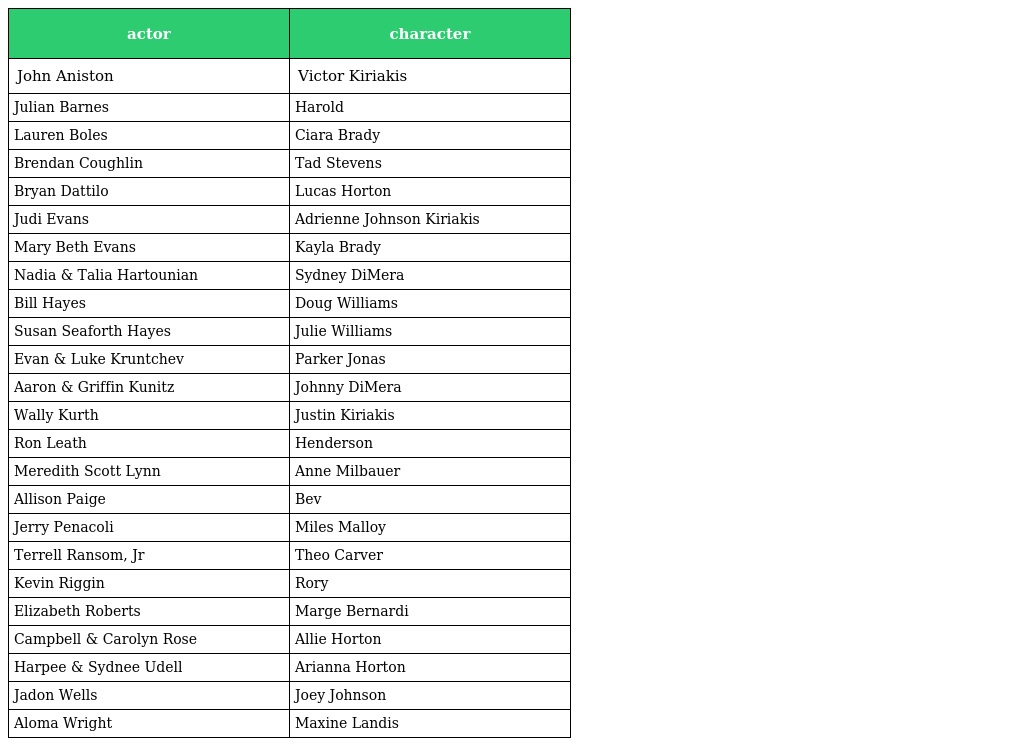
| actor | character |
 | --- | --- |
 | John Aniston | Victor Kiriakis |
 | Julian Barnes | Harold |
 | Lauren Boles | Ciara Brady |
 | Brendan Coughlin | Tad Stevens |
 | Bryan Dattilo | Lucas Horton |
 | Judi Evans | Adrienne Johnson Kiriakis |
 | Mary Beth Evans | Kayla Brady |
 | Nadia & Talia Hartounian | Sydney DiMera |
 | Bill Hayes | Doug Williams |
 | Susan Seaforth Hayes | Julie Williams |
 | Evan & Luke Kruntchev | Parker Jonas |
 | Aaron & Griffin Kunitz | Johnny DiMera |
 | Wally Kurth | Justin Kiriakis |
 | Ron Leath | Henderson |
 | Meredith Scott Lynn | Anne Milbauer |
 | Allison Paige | Bev |
 | Jerry Penacoli | Miles Malloy |
 | Terrell Ransom, Jr | Theo Carver |
 | Kevin Riggin | Rory |
 | Elizabeth Roberts | Marge Bernardi |
 | Campbell & Carolyn Rose | Allie Horton |
 | Harpee & Sydnee Udell | Arianna Horton |
 | Jadon Wells | Joey Johnson |
 | Aloma Wright | Maxine Landis |